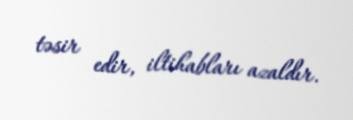
təsir edir, iltihabları azaldır.